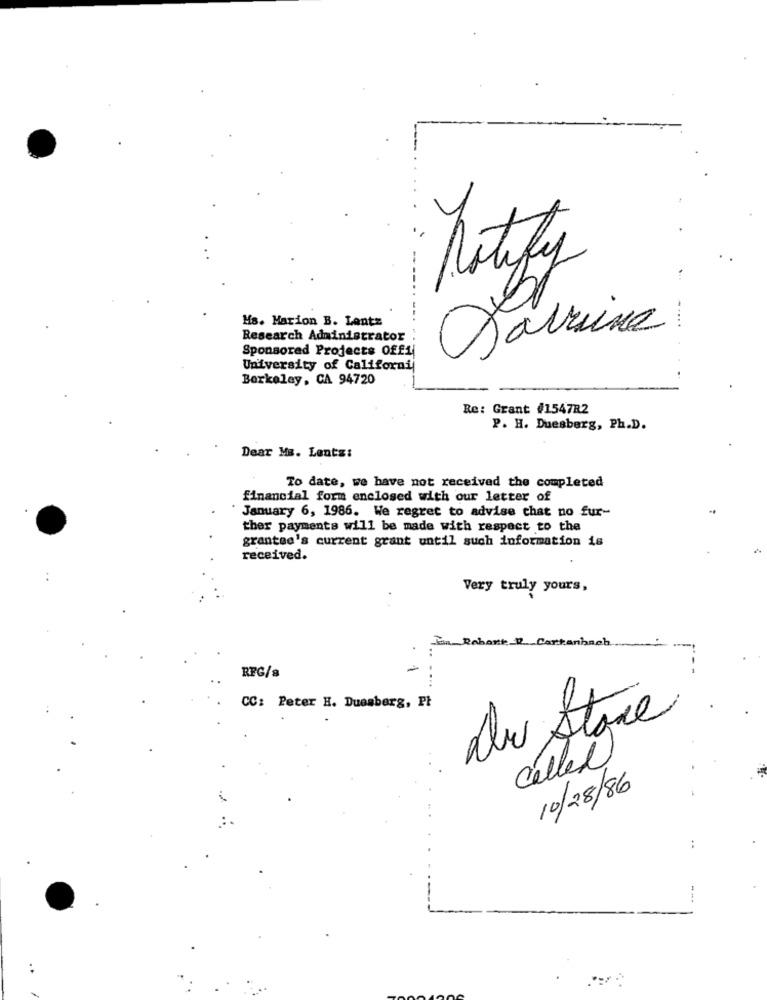
-
notify
Ms. Marion B. Lant=
.....
Research Administrator
Salaine
Sponsored Projects Off1
University of Californi
Berkeley, CA 94720
Re: Grant #1547R2
P. H. Duesberg, Ph.D.
Dear Ms. Lents:
To date, we have not received the completed
financial form enclosed with our letter of
January 6, 1986. We regret to advise chat no fur-
ther payments will be made with respect to the
grantee's current grant until such information is
received.
Very truly yours,
Robert W Cartanbach
RFG/8
CC: Peter H. Duesberg, Pt
called
10/28/86